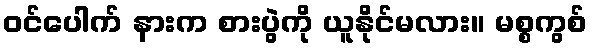
ဝင်ပေါက် နားက စားပွဲကို ယူနိုင်မလား။ မစ္စကွစ်